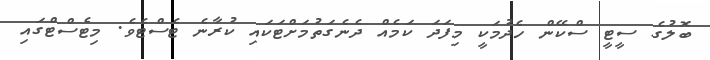
ބޮލުގެ ސީޓީ ސްކޭން ހެދުމަކީ މިފަދަ ކަމެއް ދެނެގަތުމަށްޓަކައި ކުރާނެ ޓެސްޓެވެ. މިޓެސްޓްގައި